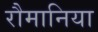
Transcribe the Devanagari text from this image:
रौमानिया